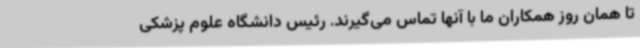
تا همان روز همکاران ما با آنها تماس می‌گیرند. رئیس دانشگاه علوم پزشکی